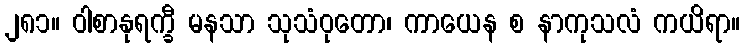
၂၈၁။ ဝါစာနုရက္ခီ မနသာ သုသံဝုတော၊ ကာယေန စ နာကုသလံ ကယိရာ။